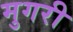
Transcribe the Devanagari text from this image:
मुगरी